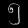
Digit: ၅